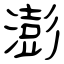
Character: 澎